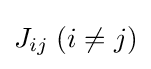
J_{ij}\;(i\neq j)